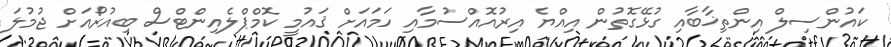
ކައުންސިލް އިންތިޚާބާއި ގުޅޭގޮތުން އިއްޔެ އިރުއޮއްސުމާއި ހަމައަށް ޤައުމީ ކޮމްޕްލެއިންޓްސް ބިއުރޯއަށް ޖުމުލަ